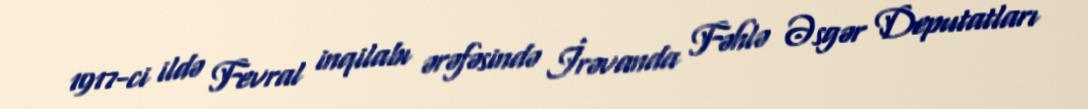
1917-ci ildə Fevral inqilabı ərəfəsində İrəvanda Fəhlə Əsgər Deputatları